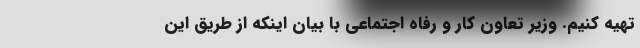
تهیه کنیم. وزیر تعاون کار و رفاه اجتماعی با بیان اینکه از طریق این